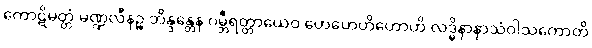
ကောဋိမတ္တံ မဏ္ဍလီနဉ္စ ဘိန္ဒန္တေန ဂမ္ဘီရတ္တာယေဝ ဟေဟေဟိဟောဟိ လဒ္ဓိနာနာသံဝါသကောတိ